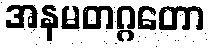
အနမတဂ္ဂတော